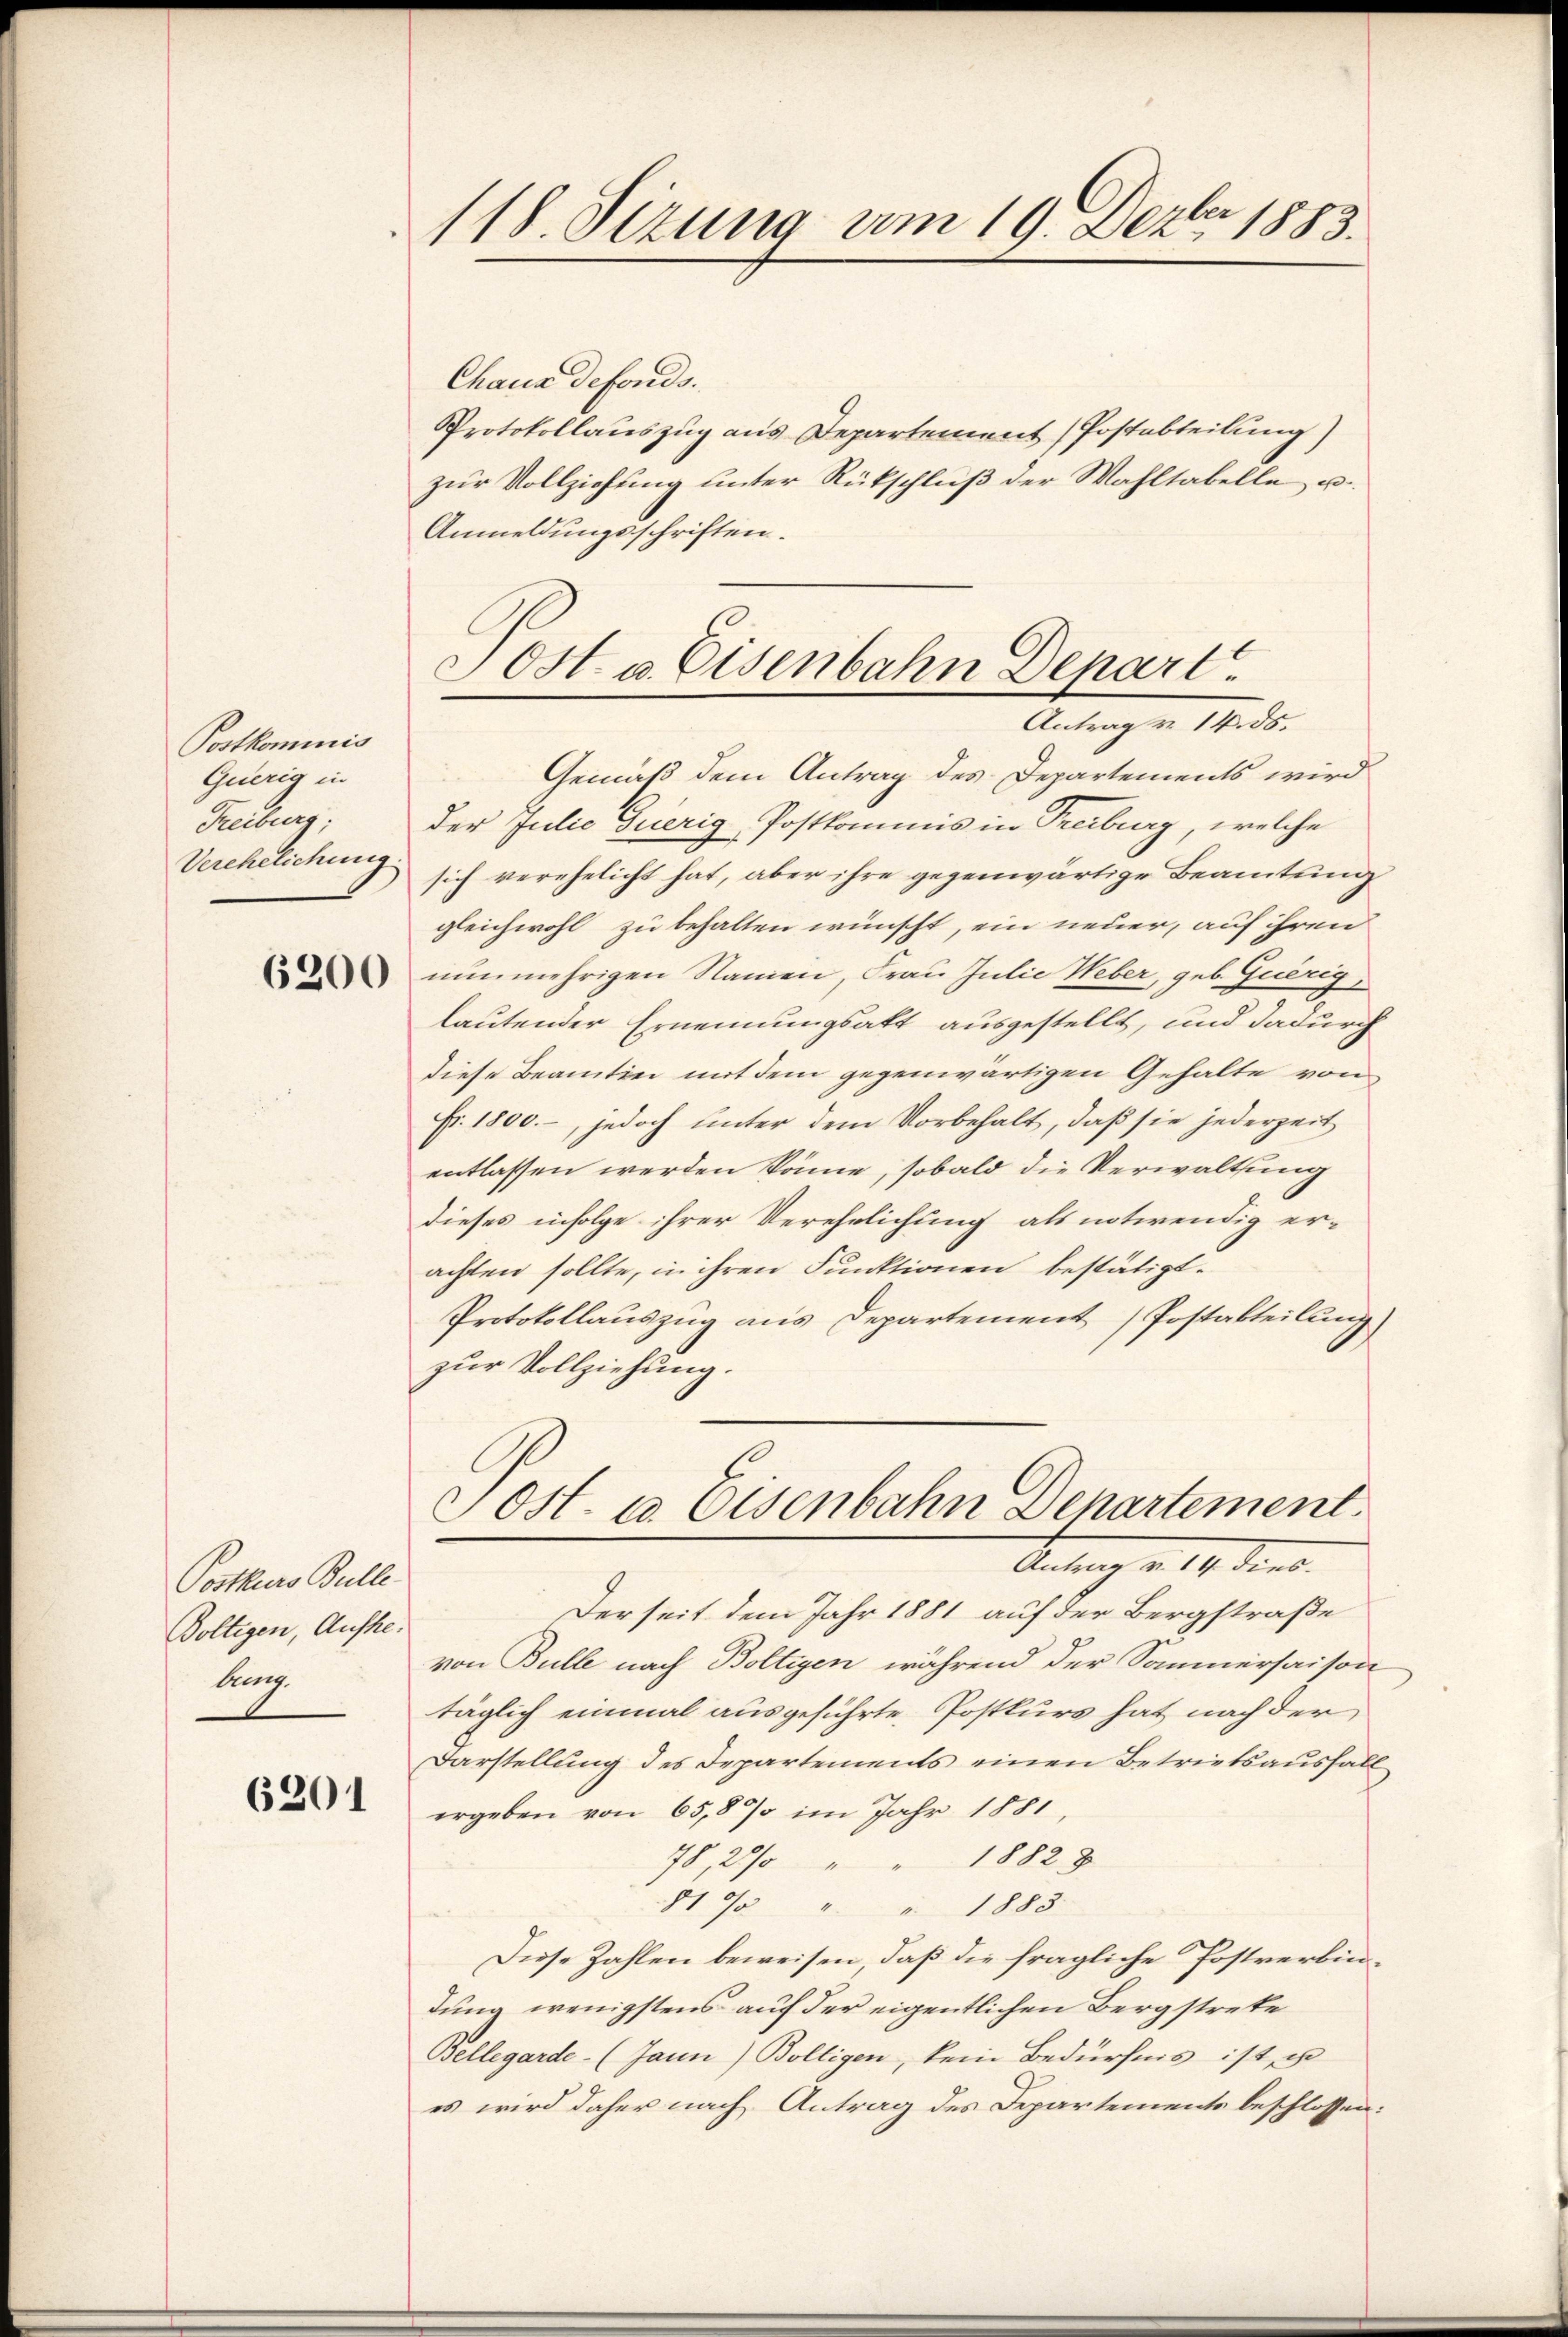
Postkominis
Guerig in
Freiburg;
Verehelichung

6200

Postkurs Bulle.
Voltigen, Aufhe¬
Aug.

6201

118. Sizung am 19. Dezbr 1883.

Chaus defonds.
Protokollauszug aus Departement (Postabteilung)
zur Vollziehung unter Rückschluß der Wahltabelle u.
Anmeldungsschriften.

Jost u. Eisenbahn Depart.
Antrag v. 14. ds.
Gemäß dem Antrag des Departements wird

der Julio Guerig Postkommnis in Treiburg, welche
sich verehelicht hat, aber ihre gegenwärtige Beamtung
gleichwohl zu behalten wünscht, ein neuer, auf ihren
nunmehrigen Namen Frau Julie Weber, geb. Querig
lautender Ernennungsakt ausgestellt, und dadurch
diese Beamtini mit dem gegenwärtigen Gehalte von
Fr. 1800.-, jedoch unter dem Vorbehalt, daß sie jederzeit
entlassen werden könne, sobald die Verwaltung
dieses infolge ihrer Verehelichung als notwendig er-
achten sollte, in ihren Funktionen bestätigt.
Protokollauszug aus Departement Postabteilung
zur Vollziehung.

Sost- u. Eisenbahn Departement.
Antrag v. 14. dies

Derseit dem Jahr 1881 auf der Bergstraße
von Bulle nach Boltigen während der Sommersaison
täglich einmal ausgeführte Postkurs hat nach der
Darstellung des Departements einen Betriebsausfall
ergeben von 65,8% im Jahr 1881
78, 20 " " 18828
819/5 " " 1883.
Diese Zahlen beweisen, daß die fragliche Postverbindung wenigstens auf der eigentlichen Bergstreke
Bellegarde- (Jaun) Bölligen, kein Bedürfnis ist, u
es wird daher nach Antrag des Departements beschlossen: